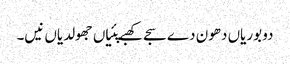
دو بوریاں دھون دے سجے کھبے پئیاں جھولدیاں نیں۔